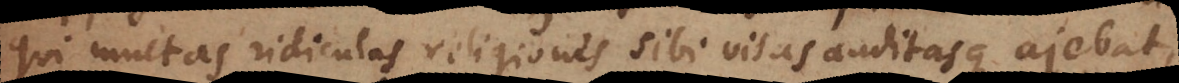
qui multas ridiculas religiones sibi visas auditasque ajebat,